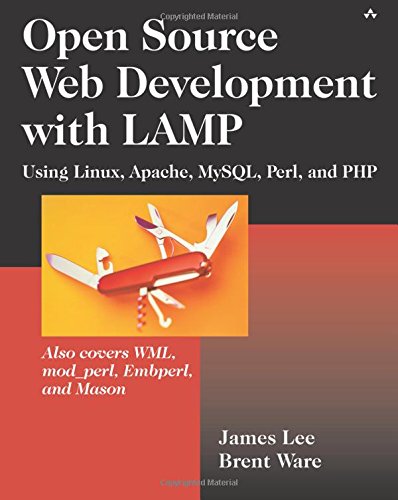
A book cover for Open Source Development with LAMP: Using Linux, Apache, MySQL, Perl, and PHP; James Lee; Computers & Technology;